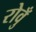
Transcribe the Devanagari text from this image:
रोवुँ